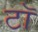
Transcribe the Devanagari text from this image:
टॉ